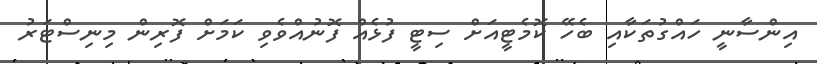
އިންސާނީ ހައްގުތަކާއި ބެހޭ ކޮމެޓީއަށް ސިޓީ ފުޅެއް ފޮނުއްވެވި ކަމަށް ފޮރިން މިނިސްޓަރު